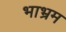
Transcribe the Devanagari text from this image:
भाभ्रम